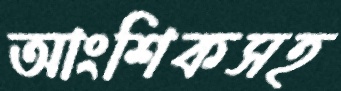
আংশিকসহ